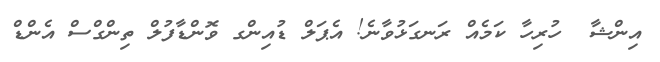
އިންޝާ  ހުރިހާ ކަމެއް ރަނގަޅުވާނެ! އެޕަލް ޑުއިންގ ވޮންޑާފުލް ތިންގްސް އެންޑް